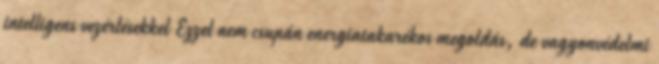
intelligens vezérlésekkel Ezzel nem csupán energiatakarékos megoldás, de vagyonvédelmi